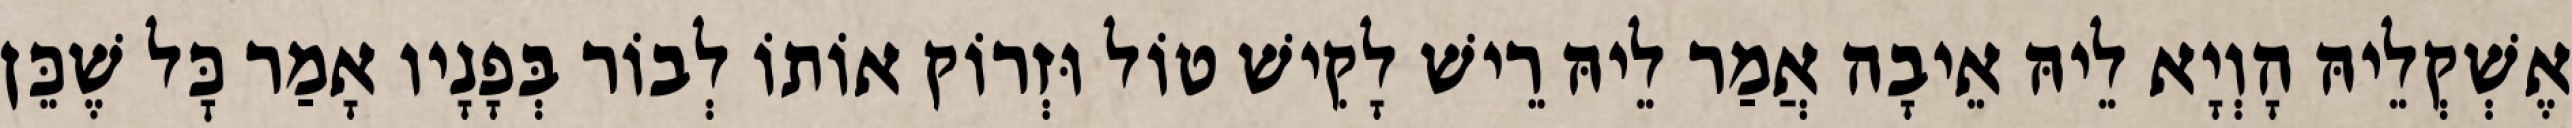
אֶשְׁקְלֵיהּ הָוְיָא לֵיהּ אֵיבָה אֲמַר לֵיהּ רֵישׁ לָקִישׁ טוֹל וּזְרוֹק אוֹתוֹ לְבוֹר בְּפָנָיו אָמַר כׇּל שֶׁכֵּן